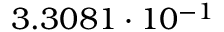
3 . 3 0 8 1 \cdot 1 0 ^ { - 1 }